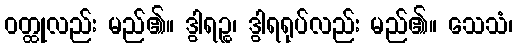
ဝတ္ထုလည်း မည်၏။ ဒွါရဉ္စ၊ ဒွါရရုပ်လည်း မည်၏။ သေသံ၊